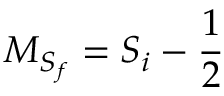
{ M } _ { { S } _ { f } } = { S } _ { i } - \frac { 1 } { 2 }